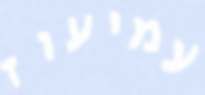
עמיעוז